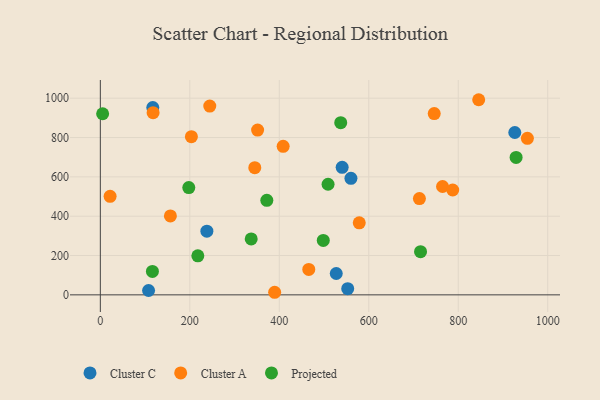
{"axis": {"x": "Price", "y": "Sales"}, "legend": ["Cluster A", "Cluster C", "Projected"], "data": [{"x": "540.5", "y": 648.5, "type": "Cluster C"}, {"x": "926.4", "y": 825.5, "type": "Cluster C"}, {"x": "238.1", "y": 323.8, "type": "Cluster C"}, {"x": "107.8", "y": 22.0, "type": "Cluster C"}, {"x": "552.9", "y": 31.4, "type": "Cluster C"}, {"x": "117.2", "y": 952.4, "type": "Cluster C"}, {"x": "560.1", "y": 592.4, "type": "Cluster C"}, {"x": "527.3", "y": 108.6, "type": "Cluster C"}, {"x": "578.7", "y": 366.2, "type": "Cluster A"}, {"x": "345.2", "y": 646.7, "type": "Cluster A"}, {"x": "389.6", "y": 13.1, "type": "Cluster A"}, {"x": "351.5", "y": 837.9, "type": "Cluster A"}, {"x": "156.6", "y": 401.6, "type": "Cluster A"}, {"x": "408.6", "y": 755.2, "type": "Cluster A"}, {"x": "764.9", "y": 550.9, "type": "Cluster A"}, {"x": "244.6", "y": 960.1, "type": "Cluster A"}, {"x": "954.5", "y": 796.0, "type": "Cluster A"}, {"x": "203.5", "y": 804.2, "type": "Cluster A"}, {"x": "746.3", "y": 922.1, "type": "Cluster A"}, {"x": "21.8", "y": 501.2, "type": "Cluster A"}, {"x": "465.9", "y": 129.3, "type": "Cluster A"}, {"x": "845.7", "y": 992.3, "type": "Cluster A"}, {"x": "787.6", "y": 533.1, "type": "Cluster A"}, {"x": "713.2", "y": 489.4, "type": "Cluster A"}, {"x": "117.9", "y": 926.5, "type": "Cluster A"}, {"x": "372.1", "y": 480.8, "type": "Projected"}, {"x": "537.3", "y": 875.6, "type": "Projected"}, {"x": "5.1", "y": 921.0, "type": "Projected"}, {"x": "498.3", "y": 277.0, "type": "Projected"}, {"x": "929.3", "y": 699.1, "type": "Projected"}, {"x": "715.7", "y": 219.4, "type": "Projected"}, {"x": "197.7", "y": 545.3, "type": "Projected"}, {"x": "509.0", "y": 562.5, "type": "Projected"}, {"x": "337.2", "y": 284.5, "type": "Projected"}, {"x": "217.9", "y": 198.4, "type": "Projected"}, {"x": "116.4", "y": 119.3, "type": "Projected"}]}